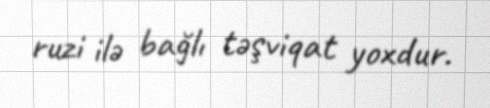
ruzi ilə bağlı təşviqat yoxdur.